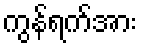
ကွန်ရက်အား